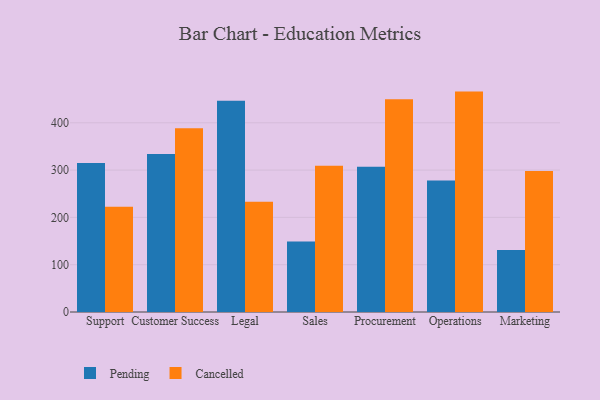
{"axis": {"x": "Department", "y": "Waste Production (Tons)"}, "legend": ["Cancelled", "Pending"], "data": [{"x": "Support", "y": 315.1, "type": "Pending"}, {"x": "Support", "y": 222.5, "type": "Cancelled"}, {"x": "Customer Success", "y": 334.0, "type": "Pending"}, {"x": "Customer Success", "y": 388.5, "type": "Cancelled"}, {"x": "Legal", "y": 446.7, "type": "Pending"}, {"x": "Legal", "y": 233.0, "type": "Cancelled"}, {"x": "Sales", "y": 148.9, "type": "Pending"}, {"x": "Sales", "y": 309.3, "type": "Cancelled"}, {"x": "Procurement", "y": 307.2, "type": "Pending"}, {"x": "Procurement", "y": 449.8, "type": "Cancelled"}, {"x": "Operations", "y": 277.8, "type": "Pending"}, {"x": "Operations", "y": 465.9, "type": "Cancelled"}, {"x": "Marketing", "y": 130.9, "type": "Pending"}, {"x": "Marketing", "y": 298.3, "type": "Cancelled"}]}